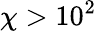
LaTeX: \chi>10^{2}